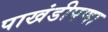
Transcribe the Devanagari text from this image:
पाखंडीपणा